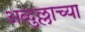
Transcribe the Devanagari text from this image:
अब्दुल्लाच्या